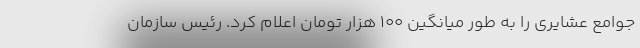
جوامع عشایری را به طور میانگین 100 هزار تومان اعلام کرد. رئیس سازمان